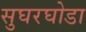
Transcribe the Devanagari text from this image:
सुघरघोडा